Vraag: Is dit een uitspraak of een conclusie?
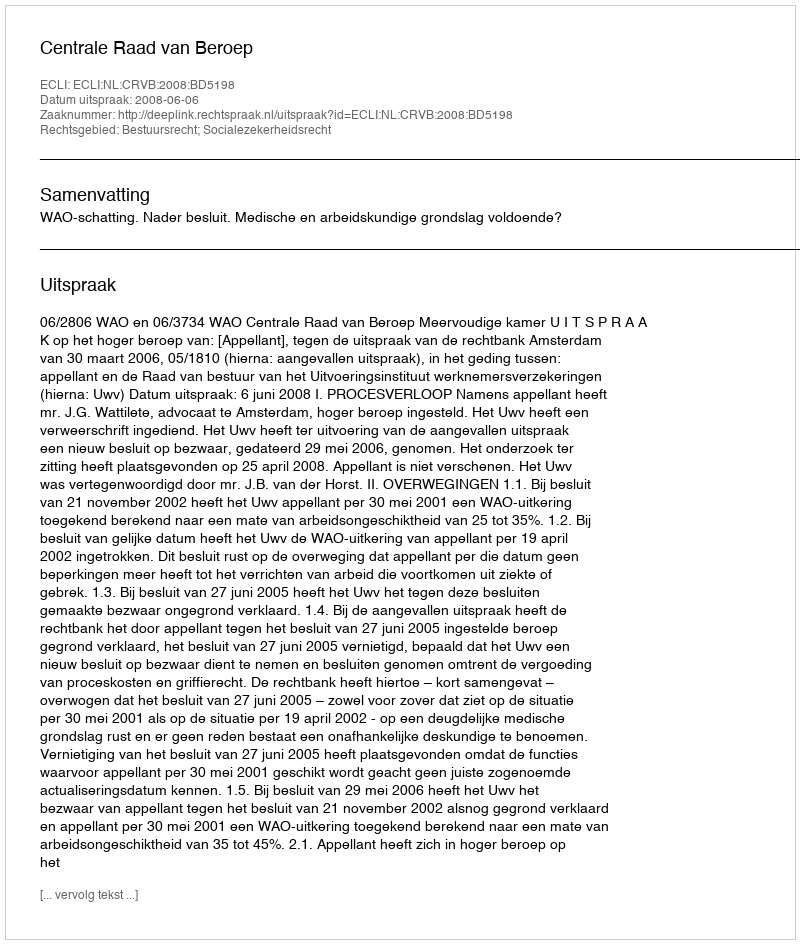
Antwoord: Uitspraak